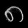
Digit: ၈